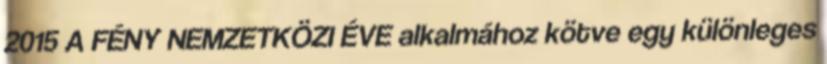
2015 A FÉNY NEMZETKÖZI ÉVE alkalmához kötve egy különleges